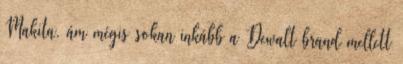
Makita, ám mégis sokan inkább a Dewalt brand mellett